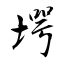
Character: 堮